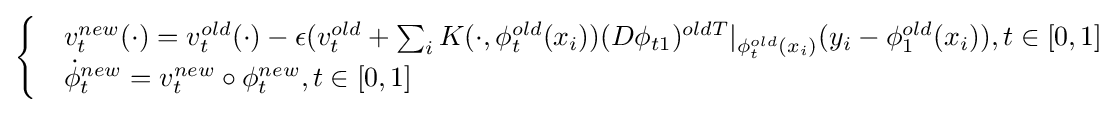
{\begin{cases}&v_{t}^{new}(\cdot )=v_{t}^{old}(\cdot )-\epsilon (v_{t}^{old}+\sum _{i}K(\cdot ,\phi _{t}^{old}(x_{i}))(D\phi _{t1})^{oldT}|_{\phi _{t}^{old}(x_{i})}(y_{i}-\phi _{1}^{old}(x_{i})),t\in [0,1]\\&{\dot {\phi }}_{t}^{new}=v_{t}^{new}\circ \phi _{t}^{new},t\in [0,1]\end{cases}}